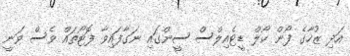
އަދި ޒުހާގެ ފޯން ކޯލް ޑީޓެއިލްސް ސީންގައި ނަގާފައިވާ ފޮޓޯތައް ވެސް ވަނީ